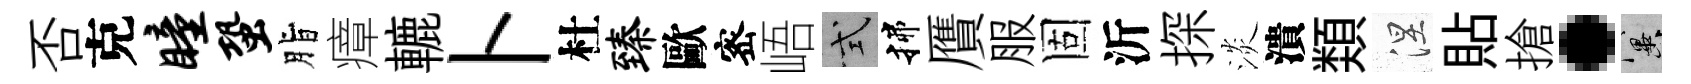
否克瞳蛩脂瘴轆卜杜臻歐宻峿式揲贋服固沂探淡潰𩔖涅貼搶·冀